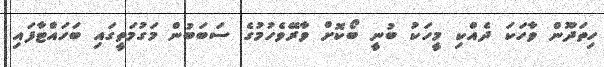
ހިތަދޫން ވާހަކަ ދެއްކި މީހަކު ބުނީ ބޯކޮށް ވާރޭވެހުމުގެ ސަބަބުން މަގުމަތީގައި ބަހައްޓާފައި